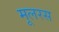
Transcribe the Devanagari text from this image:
मूलरस